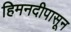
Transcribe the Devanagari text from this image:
हिमनदीपासून